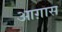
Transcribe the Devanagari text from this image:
आग़ास